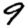
Digit: 9